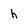
Character: h